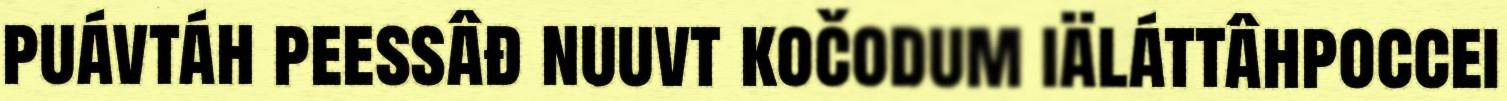
puávtáh peessâđ nuuvt kočodum iäláttâhpoccei